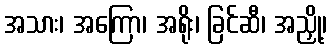
အသား၊ အကြော၊ အရိုး၊ ခြင်ဆီ၊ အညှို့၊